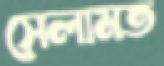
সেলামত